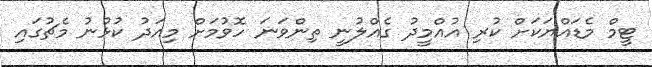
ޓީމް މެޑައްޔަކަށް ކުރި އުއްމީދު ގެއްލުނީ ތިންވަނަ ހޮވުމަށް މިއަދު ކުޅުނު މެޗުގައި